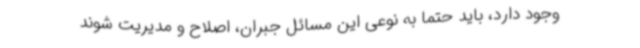
وجود دارد، باید حتما به نوعی این مسائل جبران، اصلاح و مدیریت شوند